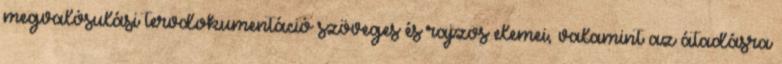
megvalósulási tervdokumentáció szöveges és rajzos elemei, valamint az átadásra